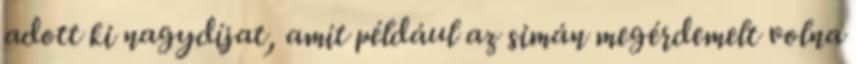
adott ki nagydíjat, amit például az simán megérdemelt volna